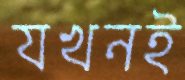
যখনই